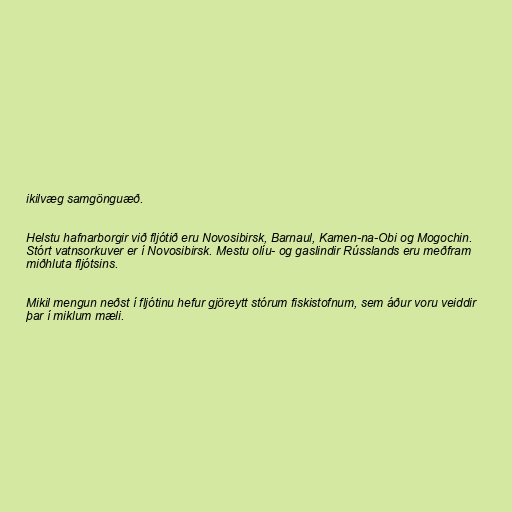
ikilvæg samgönguæð.

Helstu hafnarborgir við fljótið eru Novosibirsk, Barnaul, Kamen-na-Obi og Mogochin.
Stórt vatnsorkuver er í Novosibirsk. Mestu olíu- og gaslindir Rússlands eru meðfram
miðhluta fljótsins.

Mikil mengun neðst í fljótinu hefur gjöreytt stórum fiskistofnum, sem áður voru veiddir
þar í miklum mæli.